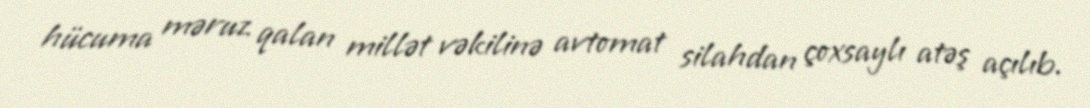
hücuma məruz qalan millət vəkilinə avtomat silahdan çoxsaylı atəş açılıb.